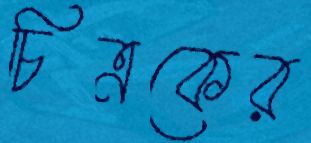
চিত্রকের